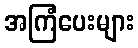
အကြံပေးများ